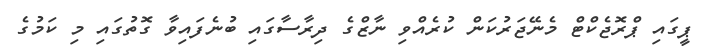
ޕީގައި ޕްރޮޖެކްޓް މެނޭޖަރުކަން ކުރެއްވި ނާޒްގެ ދިރާސާގައި ބުނެފައިވާ ގޮތުގައި މި ކަމުގެ